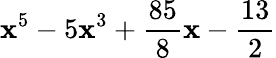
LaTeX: \mathbf{x}^{5}-5\mathbf{x}^{3}+{\frac{{85}}{{8}}}\mathbf{x}-{\frac{{13}}{{2}}}